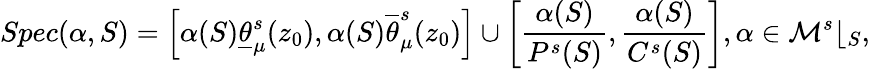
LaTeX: Spec(\alpha,S)=\left[\alpha(S)\underline{{\theta}}_{\mu}^{s}(z_{0}),\alpha(S)\overline{{\theta}}_{\mu}^{s}(z_{0})\right]\cup\left[\frac{\alpha(S)}{P^{s}(S)},\frac{\alpha(S)}{C^{s}(S)}\right],\mathrm\alpha\in\mathcal{M}^{s}\lfloor_{S},